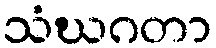
သံဃဂတာ